Report of the Municipal Commissioner on the plague in Bombay for the year ending 31st May... - Volume 1
Disease focus: Plague
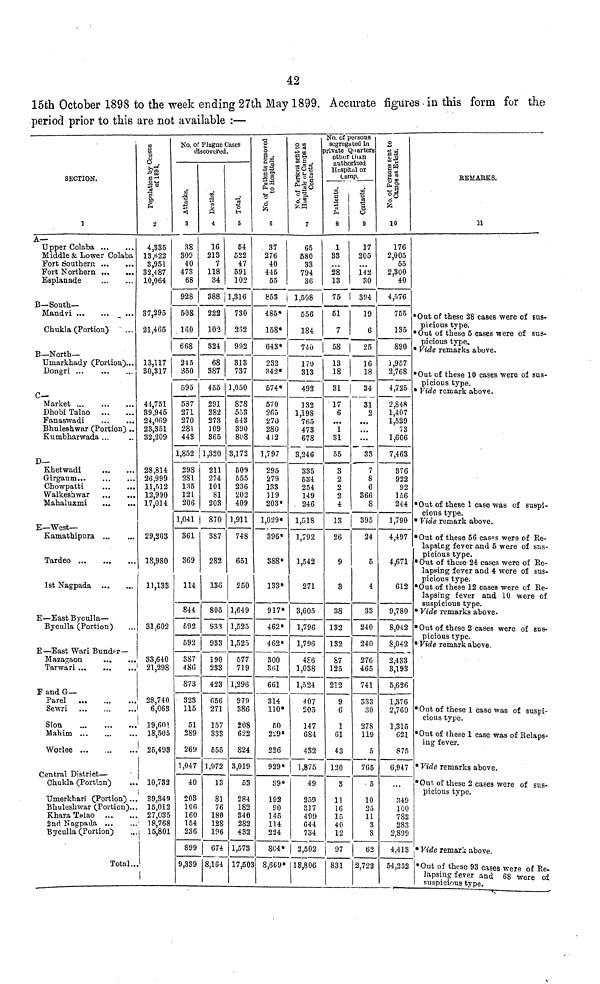
42
15th October 1898 to the week ending 27th May 1899. Accurate figures in this form for the
period prior to this are not available :—
SECTION.
1
A—
Upper Colaba ...
Middle & Lower Colaba
Fort Southern ... ...
Fort Northern ... ...
Esplanade
...
...
B— South—
Mandvi
...
...
...
2
No. of Plague Cases
discovered.
3
4
5
6
7
No. of persons
segregatled in
private Quarters
other than
authorised
Hospital or
Camp.
8
9
10
REMARKS.
11
3,951
32,487
10,064
38
309
40
473
68
928
16
213
7
118
34
388
54
522
47
591
102
1,316
37
276
40
445
55
853
65
580
33
794
36
1,508
1
33
...
28
13
75
17
205
...
142
30
394
176
2,005
55
2,300
40
4,576
37,295
508
222
730
485*
556
51
19
755
Chukla (Portion)
... 21,465
160
102
252
158*
184
7
6
135
B— North—
Umarkhady (Portion)...
Dongri
...
...
...
668
324
992
643*
740
58
25
890
*Out of these 28 cases were of sus-
picions type.
*0ut of these 5 cases were of sus-
picious type.
* Vide remarks above.
30,317
245
350
68
387
313
737
232
342*
179
313
13
18
16
18
2,768
C— Market ...
...
...
Dhobi Talao
...
...
Fanaswadi
...
...
Bhuleshwiir (Portion)..
Kumbharwada ... ...
44,751
39,945
24,069
23,351
32,209
D—
Khetwadi
Girgaum..
Chowpatti
Walkeshwar
...
...
Mahaluxmi
E— West—
Kamathipura
...
...
Tardeo
...
...
...
1st Nagpada ... ...
E — East Byculla —
Byculla (Portion) ...
E— East War i Bunder—
Mazagaon
...
...
Tarwari
...
...
...
28,814
26,999
11,512
12,990 3 w
17,014
595
587
271
270
281
443
1,852
298
281
135
121
206
1,041
455
291
282
273
109
865
1,320
211
274
101
81
203
870
1,050
878
553
543
390
808
3,172
BO!)
555
236
202
409
1,911
574*
570
265
270
280
412
1,797
295
279
133
119
203*
1,029*
492
132
1,198
765
473
678
3,246
335
534
254
149
246
1,51S
31 |
17
6
1
31
55
3
2
2
2
4
13
34
31
2
...
33
7
8
6
366
8
395
4,725
2,848
1,407
1,529
73
1,606
7,463
876
922
92
156
244
1,790
*0ut of these 10 cases were of sus-
picious type.
* Vide remark above.
*0ut of these 1 case was of suspi-
cious type.
* Vide remark above.
29,203
18,980
11,133
31,602
33,640
21,298
F and G—
Parel
...
...
...
Sewri
...
...
...
Sion
...
...
...
Mahim ...
...
...
Worlee
...
...
...
Central District —
Chukla (Portion) ...
361
369
114
844
692
592
387
480
873
387
282
136
805
833
933
Ï90
233
423
748
651
250
1,649
1,525
1,525
577
719
1,296
396*
388*
133*
917*
462*
462*
300
361
661
1,792
1,542
271
3,605
1,796
1,796
486
1,038
1,024
26
9
3
38
132
132
87
125
212
24
5
4
33
240
240
276
465
741
4,497
4,671
612
9,780
8,042
8,042
2,433
3,193
5,626
*0ut of these 56 casps were of Ke-
lapsing fever and 5 were of sus-
picious type.
*0ut of these 24 cases were of Re-
lapsing fever and 4 were of sus-
picious type.
*0ut of these 12 cases were of Re-
lapsing fever and 10 were of
suspicious type.
* Vide remarks above.
*Out of these 2 cases were of sus-
picious type.
* Vide remark above.
28,740
6,063
19,60!
18,505
25,498
10.732
323
115
51
289
269
1,047
40
6,56
271
157
333
655
1,972
13
979
386
208
622
824
3,019
53
314
110*
50
229*
226
929*
89*
407
205
147
684
432
1,875
49
9
6
1
61
43
120
3
333
30
278
119
5
765
5
1,376
2,760
1,315
621
875
6,947
Umerkhari (Portion) ...
Bhuleshwar (Portion)..
Khara Talao
...
...
2nd Nagpada
...
...
Byculla (Portion) ...
39,349
15,012
27,035
18,768
15,801
Total..
203
106
160
154
236
899
9,389
81
76
180
128
196
674
8,164
284
182
340
282
432
1,573
17,503
192
90
146
114
224
804*
8,669*
259
837
499
644
734
2,502
18,806
11
16
15
40
12
97
831
10
11
3
8
62
2,722
349
782
283
2,899
4,413
54,252
*0ut of these 1 case was of suspi-
cious type.
*0ut of these 1 case was of Relaps-
ing fever.
* Vide remarks above.
*0ut, of these 2 cases were of sus-
picioi;s type.
* Vide remark above.
*0ut of these 93 cases were of Re-
lapsing fever and 68 were of
suspicious type.